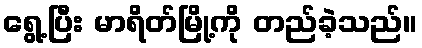
ရွေ့ပြီး မာရိတ်မြို့ကို တည်ခဲ့သည်။